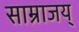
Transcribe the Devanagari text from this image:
साम्राजय्